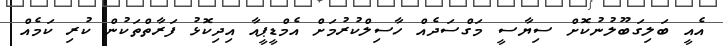
އެއީ ބަލިގަބޫލުނުކޮށް ސިޔާސީ މަގްސަދެއް ހާސިލްކުރުމަށް އެމްޑީޕީއާ އިދިކޮޅު ފަރާތްތަކުން ކުރި ކަމެއް